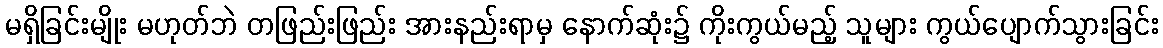
မရှိခြင်းမျိုး မဟုတ်ဘဲ တဖြည်းဖြည်း အားနည်းရာမှ နောက်ဆုံး၌ ကိုးကွယ်မည့် သူများ ကွယ်ပျောက်သွားခြင်း